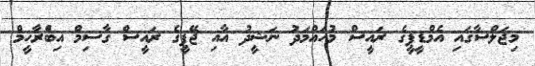
މިޖަލްސާގައި އެމްޑީޕީގެ ރައީސް މުހައްމަދު ނަޝީދު އާއި ޖޭޕީގެ ރައީސް ގާސިމް އިބްެރާހީމް